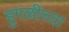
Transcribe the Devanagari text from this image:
हुगळीच्या